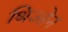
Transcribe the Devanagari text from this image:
थिओन